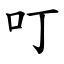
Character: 叮